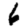
Digit: 6